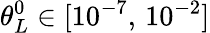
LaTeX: \theta_{L}^{0}\in[10^{-7},\, 10^{-2}]